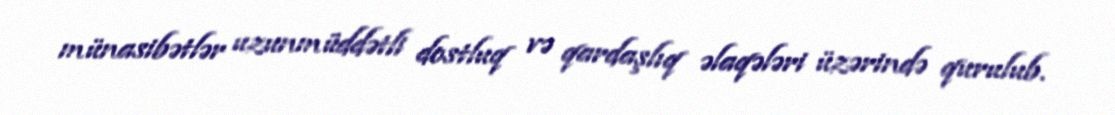
münasibətlər uzunmüddətli dostluq və qardaşlıq əlaqələri üzərində qurulub.